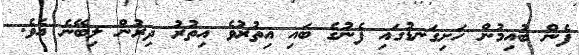
ފެން ބުއިމުން ހަށިގަނޑުގައި ފެނުގެ ބައި އިތުރުވެ އިތުރު ދިރުން ލިބޭނެ އެވެ.